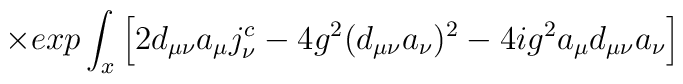
\qquad \times exp \int_x \left[2 d_{\mu\nu}a_\mu j^c_\nu - 4g^2(d_{\mu\nu}a_\nu)^2 - 4ig^2a_\mu d_{\mu\nu}a_\nu\right]